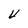
Character: V